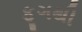
ફૂગથી